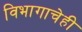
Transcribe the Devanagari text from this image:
विभागाचेही